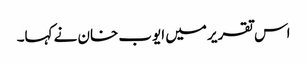
اس تقریر میں ایوب خان نے کہا۔